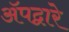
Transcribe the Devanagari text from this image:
ॲपद्वारे